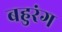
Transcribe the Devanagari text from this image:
बहुरंग